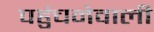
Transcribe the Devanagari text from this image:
पहुंचनेवाली